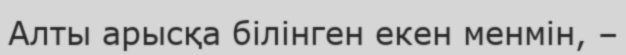
Алты арысқа білінген екен менмін, –